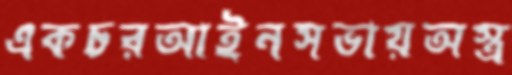
একচরআইনসভায়অস্ত্র